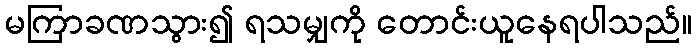
မကြာခဏသွား၍ ရသမျှကို တောင်းယူနေရပါသည်။